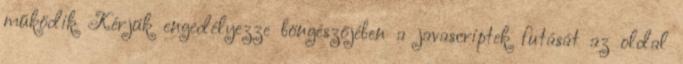
működik Kérjük engedélyezze böngészőjében a javascriptek futását az oldal